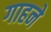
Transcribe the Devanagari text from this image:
गाहने